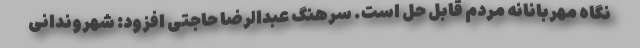
نگاه مهربانانه مردم قابل حل است. سرهنگ عبدالرضا حاجتی افزود: شهروندانی